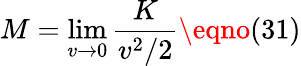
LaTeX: M=\operatorname*{lim}_{v\rightarrow 0}\frac{K}{v^{2}/2}\eqno(31)